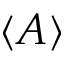
\langle A \rangle